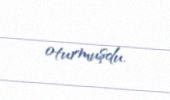
oturmuşdu.